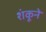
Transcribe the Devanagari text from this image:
शंकूने